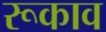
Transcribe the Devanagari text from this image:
रूकाव